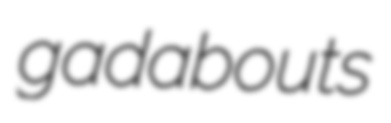
gadabouts